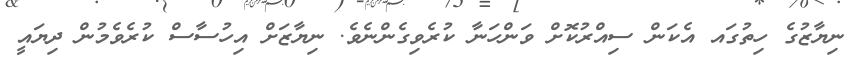
ނިޔާޒުގެ ހިތުގައ އެކަން ސިއްރުކޮށް ވަންހަނާ ކުރެވިގެންނެވެ. ނިޔާޒަށް އިހުސާސް ކުރެވެމުން ދިޔައީ